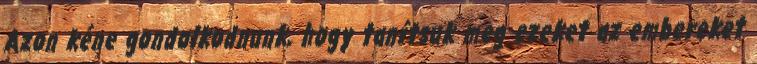
Azon kéne gondolkodnunk, hogy tanítsuk meg ezeket az embereket